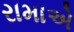
રામાએ